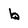
Character: b